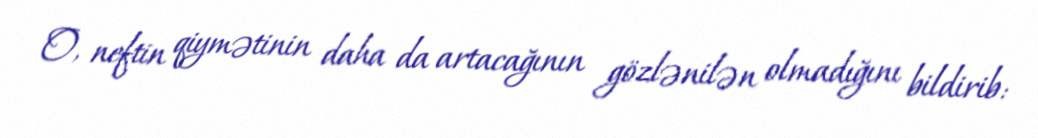
O, neftin qiymətinin daha da artacağının gözlənilən olmadığını bildirib: